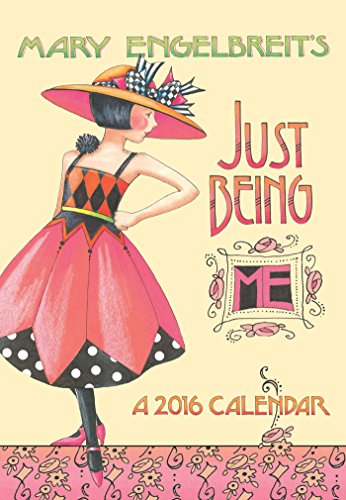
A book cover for Mary Engelbreit 2016 Monthly Pocket Planner: Just Being ME!; Mary Engelbreit; Calendars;